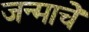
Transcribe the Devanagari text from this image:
जन्माचेे